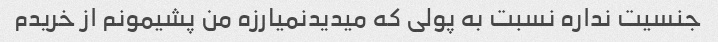
جنسیت نداره نسبت به پولی که میدیدنمیارزه من پشیمونم از خریدم